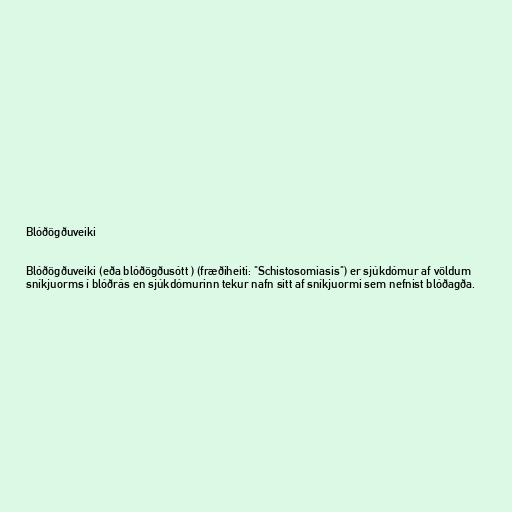
Blóðögðuveiki

Blóðögðuveiki (eða blóðögðusótt ) (fræðiheiti: "Schistosomiasis") er sjúkdómur af völdum
sníkjuorms í blóðrás en sjúkdómurinn tekur nafn sitt af sníkjuormi sem nefnist blóðagða.